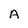
Character: A